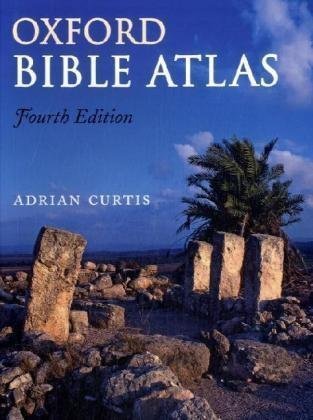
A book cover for Oxford Bible Atlas 4th (fourth) Edition by Curtis, Adrian published by Oxford University Press, USA (2009); Christian Books & Bibles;